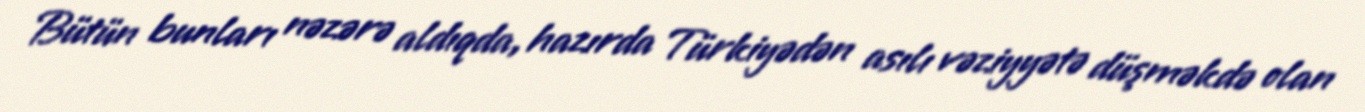
Bütün bunları nəzərə aldıqda, hazırda Türkiyədən asılı vəziyyətə düşməkdə olan